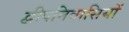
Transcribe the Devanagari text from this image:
द्वीपनिवासियों